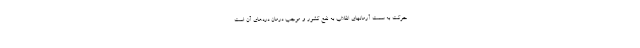
حرکت به سمت آرمانهای انقلاب به نفع کشور و موجب درمان دردهای آن است.